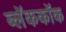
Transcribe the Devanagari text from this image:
ब्लॅककॉक